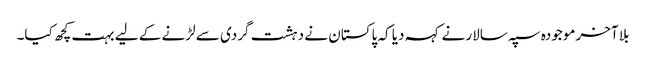
بلا آخر موجودہ سپہ سالار نے کہہ دیا کہ پاکستان نے دہشت گردی سے لڑنے کے لیے بہت کچھ کیا۔